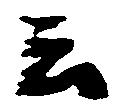
云